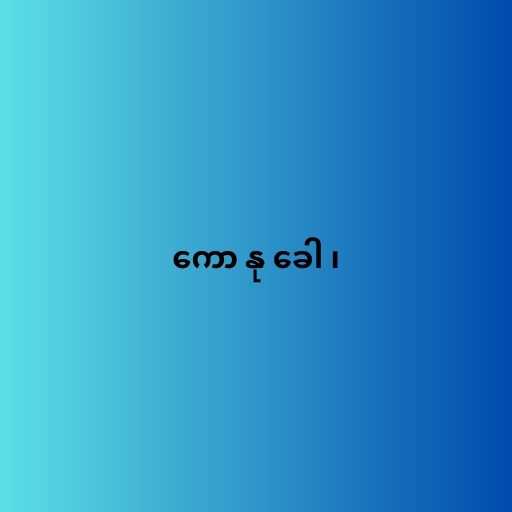
ကော နု ခေါ ၊